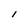
Character: l